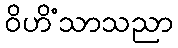
ဝိဟိံသာသညာ